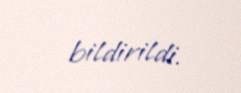
bildirildi.